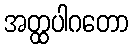
အတ္ထပါဂတော